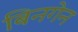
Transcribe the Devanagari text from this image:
बिनगेन